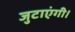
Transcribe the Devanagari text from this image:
जुटाएंगी।